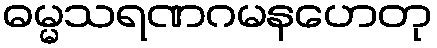
ဓမ္မသရဏဂမနဟေတု